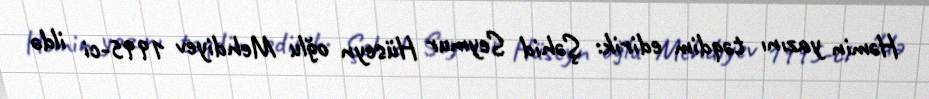
Həmin yazını təqdim edirik: Şəhid Seymur Hüseyn oğlu Mehdiyev 1995-ci ildə